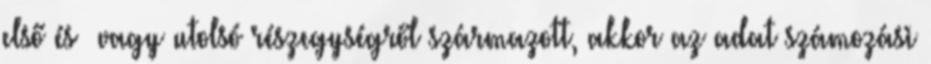
első és vagy utolsó részegységről származott, akkor az adat számozási